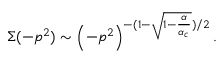
\Sigma { ( - p ^ { 2 } ) } \sim \left( - p ^ { 2 } \right) ^ { - ( 1 - \sqrt { 1 - \frac { \alpha } { \alpha _ { c } } } ) / 2 } .